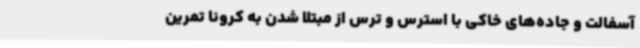
آسفالت و جاده‌های خاکی با استرس و ترس از مبتلا شدن به کرونا تمرین